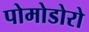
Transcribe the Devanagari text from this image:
पोमोडोरो